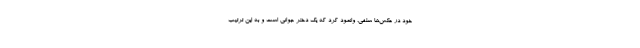
خود در عکس‌ها سلفی، وانمود کرد که یک دختر جوانی است و به این ترتیب